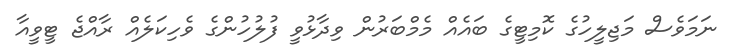
ނަމަވެސް މަޖިލީހުގެ ކޮމިޓީގެ ބައެއް މެމްބަރުން ވިދާޅުވީ ފުލުހުންގެ ވެހިކަލެއް ރާއްޖެ ޓީވީއާ